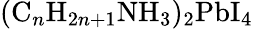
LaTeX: (\mathrm{C}_{n}\mathrm{H}_{2n+1}\mathrm{NH}_{3})_{2}\mathrm{PbI}_{4}